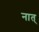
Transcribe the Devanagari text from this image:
नात्